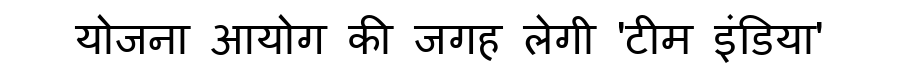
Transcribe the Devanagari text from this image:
योजना आयोग की जगह लेगी 'टीम इंडिया'